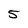
Character: 5